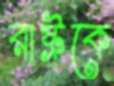
রাষ্ট্রকে